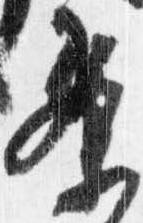
条